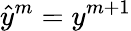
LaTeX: \hat{y}^{m}=y^{m+1}